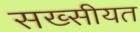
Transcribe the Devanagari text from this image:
सख्सीयत